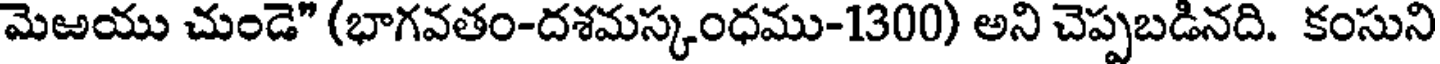
మెఱయు చుండె" (భాగవతం-దశమస్కంధము-1300) అని చెప్పబడినది. కంసుని